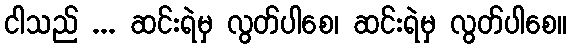
ငါသည် ... ဆင်းရဲမှ လွတ်ပါစေ၊ ဆင်းရဲမှ လွတ်ပါစေ။